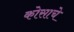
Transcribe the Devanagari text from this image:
कोसाचे